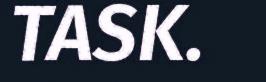
TASK.